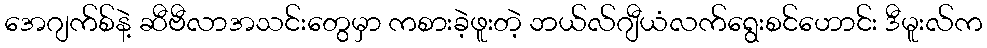
အေဂျက်စ်နဲ့ ဆီဗီလာအသင်းတွေမှာ ကစားခဲ့ဖူးတဲ့ ဘယ်လ်ဂျီယံလက်ရွေးစင်ဟောင်း ဒီမူးလ်က